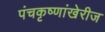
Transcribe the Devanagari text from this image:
पंचकृष्णांखेरीज